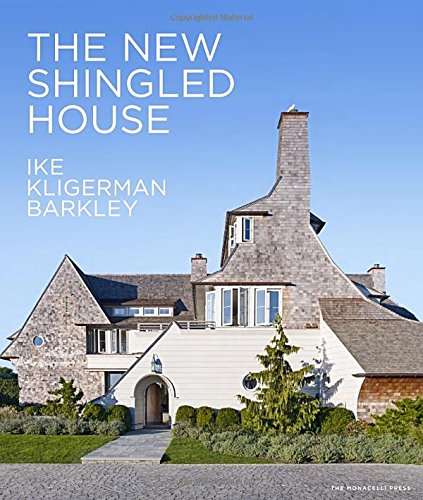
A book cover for The New Shingled House: Ike Kligerman Barkley; John Ike; Crafts, Hobbies & Home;